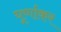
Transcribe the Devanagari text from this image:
घूर्णाकर